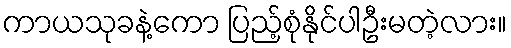
ကာယသုခနဲ့ကော ပြည့်စုံနိုင်ပါဦးမတဲ့လား။